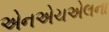
એનએચએલના